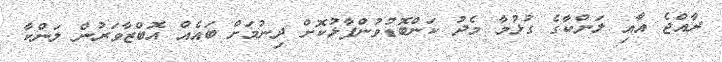
ރާއްޖެ އާއި ލަންކާގެ ގުޅުމާ މެދު ކަންބޮޑުވުންފާޅުކޮށް ދިނުމަށް ބައެއް އޮބްޒާވަރުން ލަންކާ